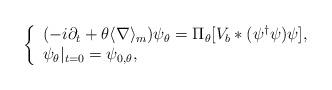
LaTeX: \begin{align*}\left\{\begin{array}{l}(-i\partial_t+\theta\langle\nabla\rangle_m)\psi_\theta = \Pi_\theta[V_b*(\psi^\dagger\psi)\psi], \\\psi_\theta|_{t=0}=\psi_{0,\theta},\end{array}\right.\end{align*}